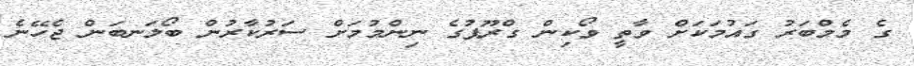
ގެ މެމްބަރު ގައުމަކަށް ވާތީ ވޯކިން ގްރޫޕުގެ ނިންމުމަށް ސަރުކާރުން ބޯލަނބަން ޖެހޭނެ